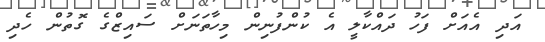
އަދި އެއަށް ފަހު ދައްކާލީ އެ ކުންފުނިން މިހާތަނަށް ސައިޒްގެ ގޮތުން ހެދި